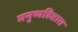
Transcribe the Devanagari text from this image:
मनुष्यहितास